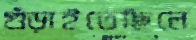
গুঁড়াইতেছিলে